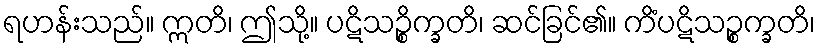
ရဟန်းသည်။ ဣတိ၊ ဤသို့။ ပဋိသဉ္စိက္ခတိ၊ ဆင်ခြင်၏။ ကိံပဋိသဉ္စက္ခတိ၊